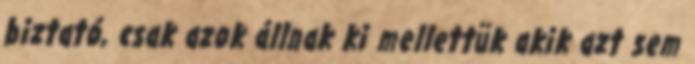
biztató, csak azok állnak ki mellettük akik azt sem